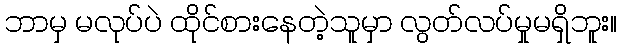
ဘာမှ မလုပ်ပဲ ထိုင်စားနေတဲ့သူမှာ လွတ်လပ်မှုမရှိဘူး။